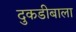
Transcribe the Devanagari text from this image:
दुकडीबाला